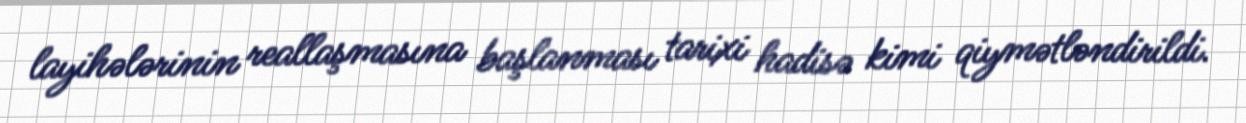
layihələrinin reallaşmasına başlanması tarixi hadisə kimi qiymətləndirildi.